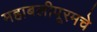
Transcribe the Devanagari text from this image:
महाबलीपूरमचे